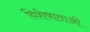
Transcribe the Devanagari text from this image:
विशेषाताओं